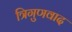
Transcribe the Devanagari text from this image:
त्रिगुणवाद